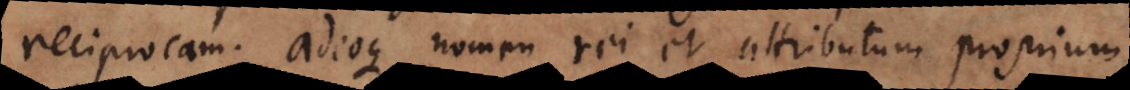
reciprocam; adeoque nomen rei et attributum proprium